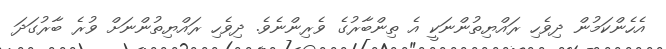
އެހެންކަމުން ދިވެހި ރައްޔިތުންނަކީ އެ ތިންބާރުގެ ވެރިންނެވެ. ދިވެހި ރައްޔިތުންނަށް ވުރެ ބާރުގަދަ